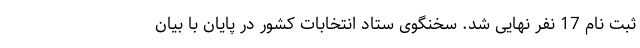
ثبت نام 17 نفر نهایی شد. سخنگوی ستاد انتخابات کشور در پایان با بیان